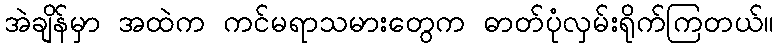
အဲချိန်မှာ အထဲက ကင်မရာသမားတွေက ဓာတ်ပုံလှမ်းရိုက်ကြတယ်။